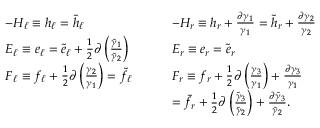
\begin{array} { l l } { - H _ { \ell } \equiv h _ { \ell } = \tilde { h } _ { \ell } } & { - H _ { r } \equiv h _ { r } + \frac { \partial \gamma _ { 1 } } { \gamma _ { 1 } } = \tilde { h } _ { r } + \frac { \partial \gamma _ { 2 } } { \gamma _ { 2 } } } \\ { E _ { \ell } \equiv e _ { \ell } = \tilde { e } _ { \ell } + \frac { 1 } { 2 } \partial \left( \frac { \tilde { \gamma } _ { 1 } } { \tilde { \gamma } _ { 2 } } \right) } & { E _ { r } \equiv e _ { r } = \tilde { e } _ { r } } \\ { F _ { \ell } \equiv f _ { \ell } + \frac { 1 } { 2 } \partial \left( \frac { \gamma _ { 2 } } { \gamma _ { 1 } } \right) = \tilde { f } _ { \ell } { \quad \quad } } & { F _ { r } \equiv f _ { r } + \frac { 1 } { 2 } \partial \left( \frac { \gamma _ { 3 } } { \gamma _ { 1 } } \right) + \frac { \partial \gamma _ { 3 } } { \gamma _ { 1 } } } \\ & { = \tilde { f } _ { r } + \frac { 1 } { 2 } \partial \left( \frac { \tilde { \gamma } _ { 3 } } { \tilde { \gamma } _ { 2 } } \right) + \frac { \partial \tilde { \gamma } _ { 3 } } { \tilde { \gamma } _ { 2 } } . } \end{array}